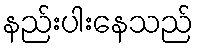
နည်းပါးနေသည်